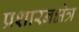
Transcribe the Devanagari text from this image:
प्रशारनक्षेत्र